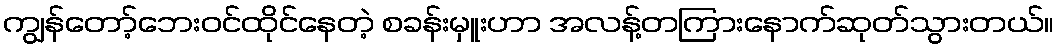
ကျွန်တော့်ဘေးဝင်ထိုင်နေတဲ့ စခန်းမှူးဟာ အလန့်တကြားနောက်ဆုတ်သွားတယ်။